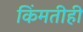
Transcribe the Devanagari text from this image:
किंमतीही